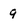
Character: 9